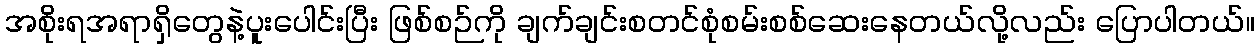
အစိုးရအရာရှိတွေနဲ့ပူးပေါင်းပြီး ဖြစ်စဉ်ကို ချက်ချင်းစတင်စုံစမ်းစစ်ဆေးနေတယ်လို့လည်း ပြောပါတယ်။